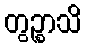
တွဉ္စာသိ